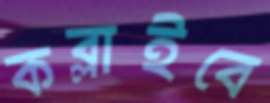
কব্‌লাইবে